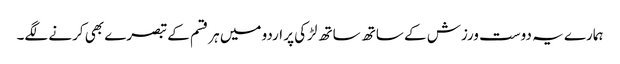
ہمارے یہ دوست ورزش کے ساتھ ساتھ لڑکی پر اردو میں ہر قسم کے تبصرے بھی کرنے لگے۔